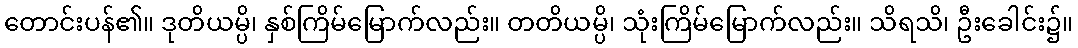
တောင်းပန်၏။ ဒုတိယမ္ပိ၊ နှစ်ကြိမ်မြောက်လည်း။ တတိယမ္ပိ၊ သုံးကြိမ်မြောက်လည်း။ သိရသိ၊ ဦးခေါင်း၌။